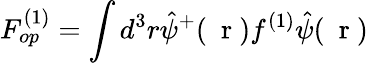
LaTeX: F_{op}^{(1)}=\int d^{3}r\hat{\psi}^{+}(\mathrm{~\mathbf~r~})f^{(1)}\hat{\psi}(\mathrm{~\mathbf~r~})